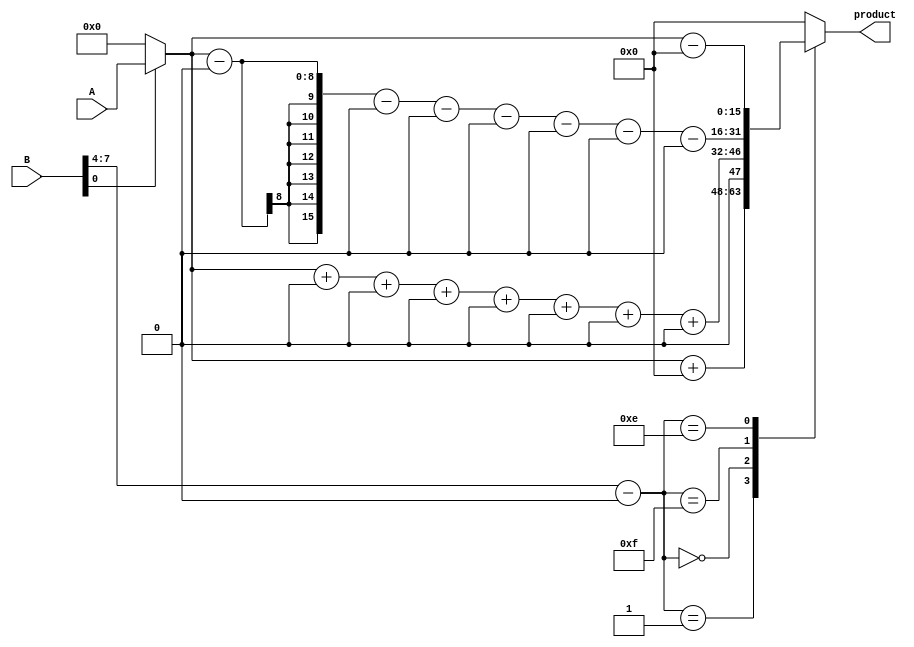
module booth_multiplier(
    input [7:0] A,
    input [7:0] B,
    output reg [15:0] product
);

reg [15:0] pp_array[7:0];
reg [3:0] control;

always @ (*)
begin
    pp_array[0] = B[0] ? {8'b0, A} : 16'b0;
    pp_array[1] = B[1] ? {7'b0, A, 0} : 16'b0;
    pp_array[2] = B[2] ? {6'b0, A, 00} : 16'b0;
    pp_array[3] = B[3] ? {5'b0, A, 000} : 16'b0;
    pp_array[4] = B[4] ? {4'b0, A, 0000} : 16'b0;
    pp_array[5] = B[5] ? {3'b0, A, 00000} : 16'b0;
    pp_array[6] = B[6] ? {2'b0, A, 000000} : 16'b0;
    pp_array[7] = B[7] ? {A, 0000000} : 16'b0;

    control = {B[7], B[6], B[5], B[4]} - {B[3], B[2], B[1], B[0], 4'b0};

    case(control)
        4'b0001 : product <= pp_array[0] + (15'b0 - pp_array[1] - pp_array[2] - pp_array[3] - pp_array[4] - pp_array[5] - pp_array[6] - pp_array[7]);
        4'b0000 : product <= pp_array[0] + pp_array[1] + pp_array[2] + pp_array[3] + pp_array[4] + pp_array[5] + pp_array[6] + pp_array[7];
        4'b1111 : product <= pp_array[0] - pp_array[1] - pp_array[2] - pp_array[3] - pp_array[4] - pp_array[5] - pp_array[6] - pp_array[7];
        4'b1110 : product <= pp_array[0] - (15'b0 - pp_array[1] - pp_array[2] - pp_array[3] - pp_array[4] - pp_array[5] - pp_array[6] - pp_array[7]);
        default : product <= 16'b0;
    endcase
end

endmodule